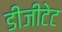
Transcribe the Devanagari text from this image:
डीजीटेट